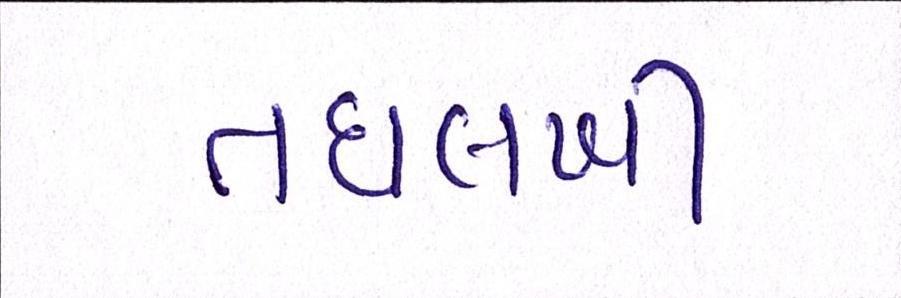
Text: તઘલખી